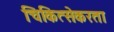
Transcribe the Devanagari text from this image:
चिकित्सेकरता